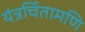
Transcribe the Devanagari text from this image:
यंत्रचिंतामणि